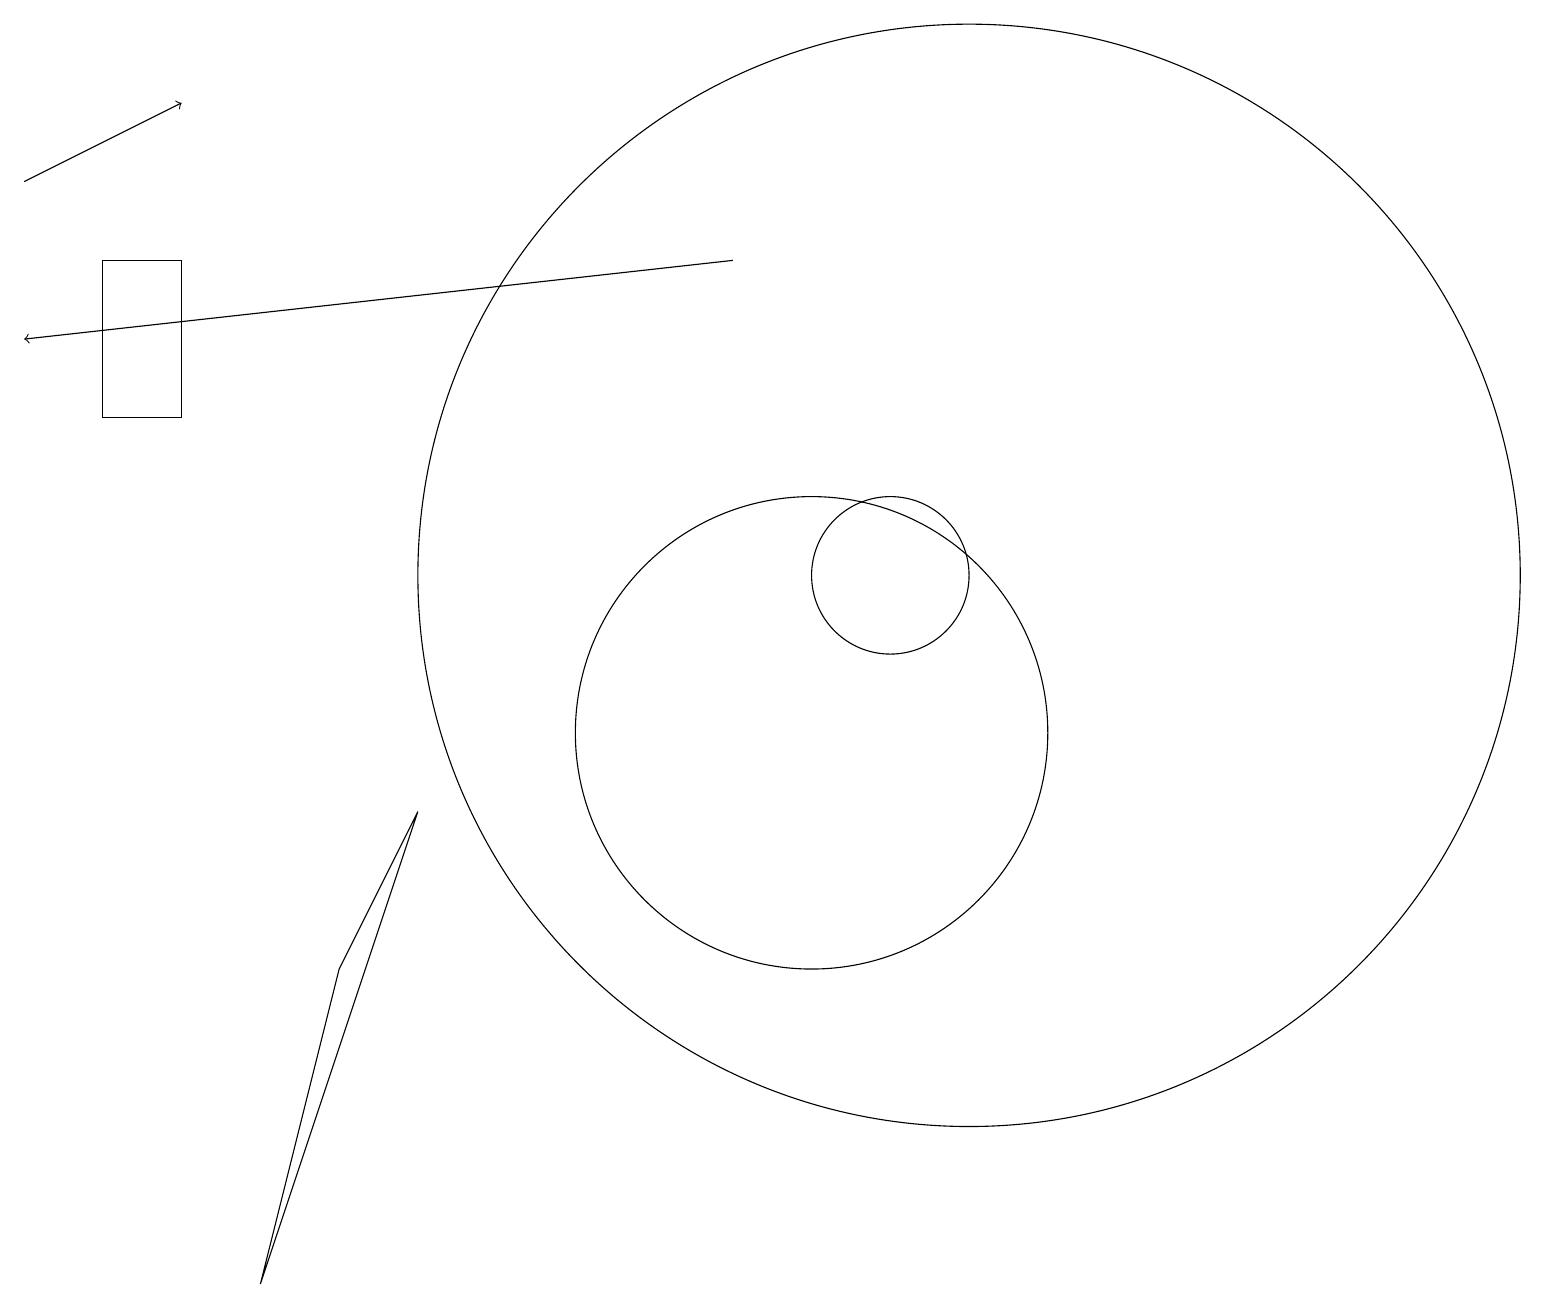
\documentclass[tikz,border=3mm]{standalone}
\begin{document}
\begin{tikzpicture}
\draw (10,10) circle (3);
\draw[->] (9,16) -- (0,15);
\draw[->] (0,17) -- (2,18);
\draw (12,12) circle (7);
\draw (11,12) circle (1);
\draw (4,7) -- (3,3) -- (5,9) -- cycle;
\draw (1,14) rectangle (2,16);
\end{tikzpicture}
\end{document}